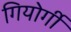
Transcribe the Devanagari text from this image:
गियोर्गी